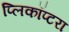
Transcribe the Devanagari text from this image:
प्लिकॉप्टरा